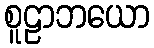
စူဠာဘယော